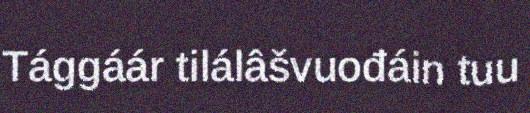
Tággáár tilálâšvuođáin tuu